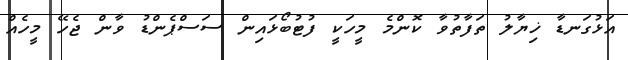
އަޅުގަނޑާ ޚިޔާލު ތަފާތުވާ ކޮންމެ މީހަކީ ފުޓުބޯޅައިން ސަސްޕެންޑު ވާން ޖެހޭ މީހެއް